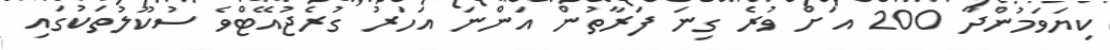
ކިޔަވަމުންދާ 200 އަށް ވުރެ ގިނަ ފަރާތުން އަންނަ އަހަރު ގުރެޖުއޭޓްވެ ސުކޫލުތަކުގައި